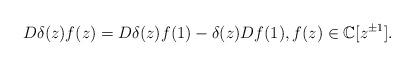
LaTeX: \begin{align*}D\delta(z)f(z)=D\delta(z)f(1)-\delta(z)Df(1),f(z)\in\mathbb{C}[z^{\pm 1}].\end{align*}